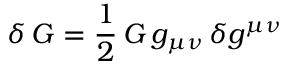
\delta \, { \cal G } = \frac { 1 } { 2 } \, { \cal G } \, g _ { \mu \nu } \, \delta g ^ { \mu \nu }